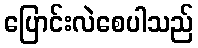
ပြောင်းလဲစေပါသည်